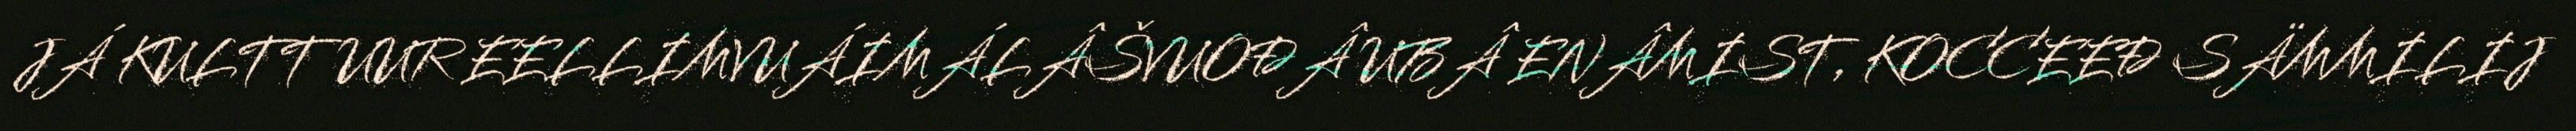
JÁ KULTTUUR EELLIMVUÁIMÁLÂŠVUOĐÂ UBÂ ENÂMIST, KOCCEEĐ SÄMMILIJ